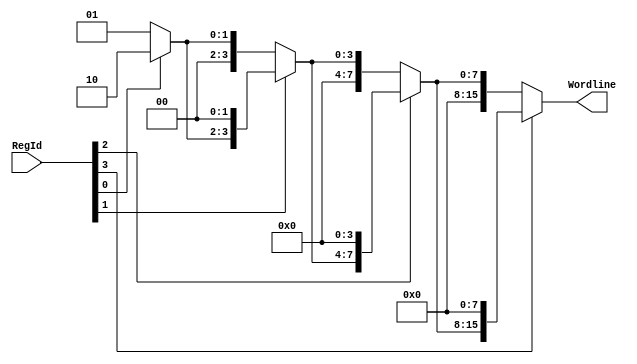
module ReadDecoder_4_16(RegId, Wordline);


input [3:0] RegId;
output [15:0] Wordline;
wire [15:0] temp1, temp2, temp3;

assign temp1 = RegId[0] ? 16'h2 : 16'h1;
assign temp2 = RegId[1] ? temp1 << 2 : temp1;
assign temp3 = RegId[2] ? temp2 << 4 : temp2;
assign Wordline = RegId[3] ? temp3 << 8 : temp3;

endmodule